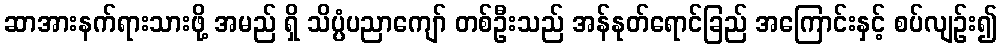
ဆာအားနက်ရားသားဖို့ အမည် ရှိ သိပ္ပံပညာကျော် တစ်ဦးသည် အန်နုတ်ရောင်ခြည် အကြောင်းနှင့် စပ်လျဉ်း၍